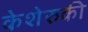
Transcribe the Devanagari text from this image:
केशेरुकी